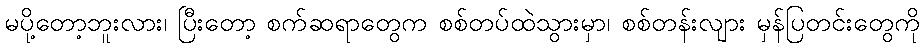
မပို့တော့ဘူးလား၊ ပြီးတော့ စက်ဆရာတွေက စစ်တပ်ထဲသွားမှာ၊ စစ်တန်းလျား မှန်ပြတင်းတွေကို